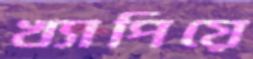
খ্যাপিয়ে